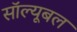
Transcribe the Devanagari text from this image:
सॉल्यूबल